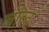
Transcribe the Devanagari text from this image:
बील॔